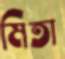
মিতা